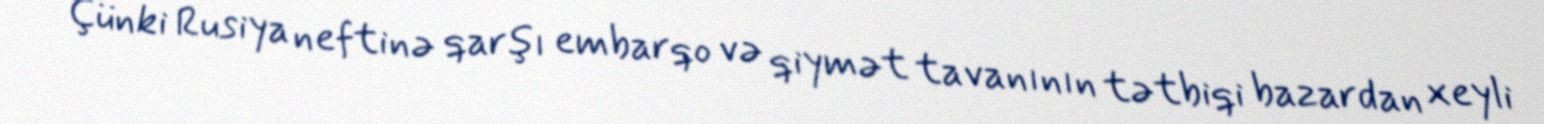
Çünki Rusiya neftinə qarşı embarqo və qiymət tavanının tətbiqi bazardan xeyli